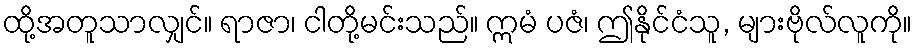
ထို့အတူသာလျှင်။ ရာဇာ၊ ငါတို့မင်းသည်။ ဣမံ ပဇံ၊ ဤနိုင်ငံသူ, များဗိုလ်လူကို။